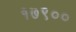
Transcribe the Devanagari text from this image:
१७९००